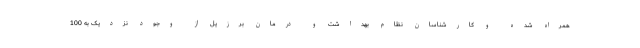
همراه شده و کارشناسان نظام بهداشت و درمان برزیل از وجود نزدیک به 100